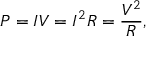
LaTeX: P = I V = I ^ { 2 } R = { \frac { V ^ { 2 } } { R } } ,